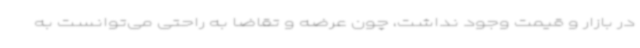
در بازار و قیمت وجود نداشت، چون عرضه و تقاضا به راحتی می‌توانست به